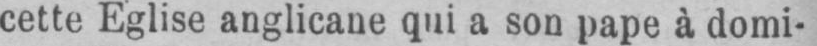
cette Eglise anglicane qui a son pape à domi-